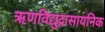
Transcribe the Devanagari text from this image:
ऋणविद्युद्रासायनिक